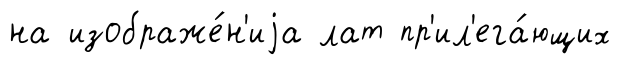
на изображе́н'иjа лат пр'ил'ега́ющих